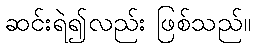
ဆင်းရဲ၍လည်း ဖြစ်သည်။